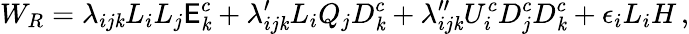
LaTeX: W_{R}=\lambda_{ij\mathit{k}}L_{i}L_{j}\mathsf{E}_{\mathit{k}}^{c}+\lambda_{ij\mathit{k}}^{\prime}L_{i}Q_{j}D_{\mathit{k}}^{c}+\lambda_{ij\mathit{k}}^{\prime\prime}U_{i}^{c}D_{j}^{c}D_{\mathit{k}}^{c}+\epsilon_{i}L_{i}H\, ,